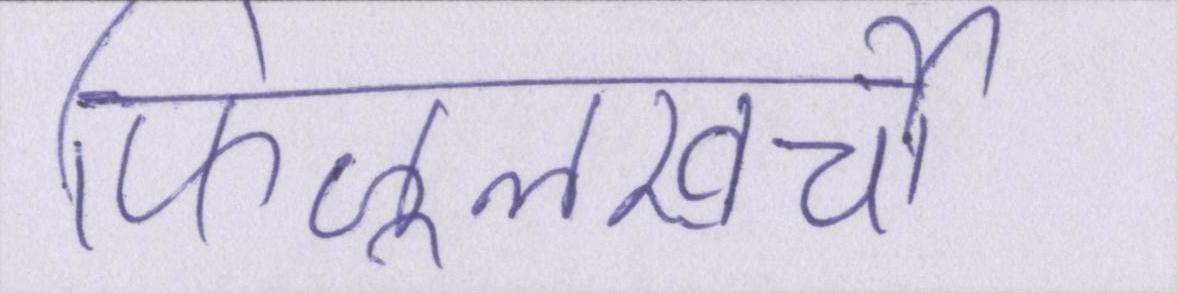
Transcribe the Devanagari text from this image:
फिजूलखर्ची